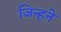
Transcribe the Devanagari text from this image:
जिन्हने